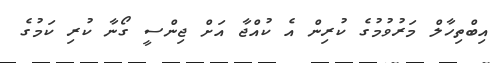
އިބްތިހާލް މަރުވުމުގެ ކުރިން އެ ކުއްޖާ އަށް ޖިންސީ ގޯނާ ކުރި ކަމުގެ